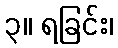
၃။ ရခြင်း၊